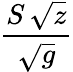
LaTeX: \frac{S\, \sqrt{z}}{\sqrt{g}}